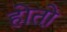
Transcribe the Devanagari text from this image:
होतो़